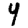
Digit: 4